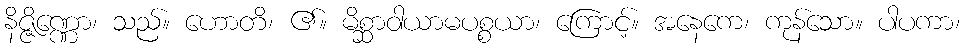
နိဇ္ဇိဏ္ဏော၊ သည်။ ဟောတိ၊ ၏။ မိစ္ဆာဝါယာမပစ္စယာ၊ ကြောင့်။ အနေကေ၊ ကုန်သော။ ပါပကာ၊